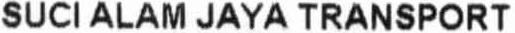
SUCI ALAM JAYA TRANSPORT